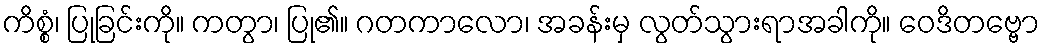
ကိစ္စံ၊ ပြုခြင်းကို။ ကတွာ၊ ပြု၏။ ဂတကာလော၊ အခန်းမှ လွတ်သွားရာအခါကို။ ဝေဒိတဗ္ဗော